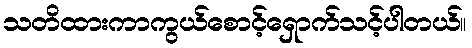
သတိထားကာကွယ်စောင့်ရှောက်သင့်ပါတယ်။